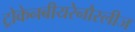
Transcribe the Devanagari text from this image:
ट्रोकेनबीयरेनौस्लीज